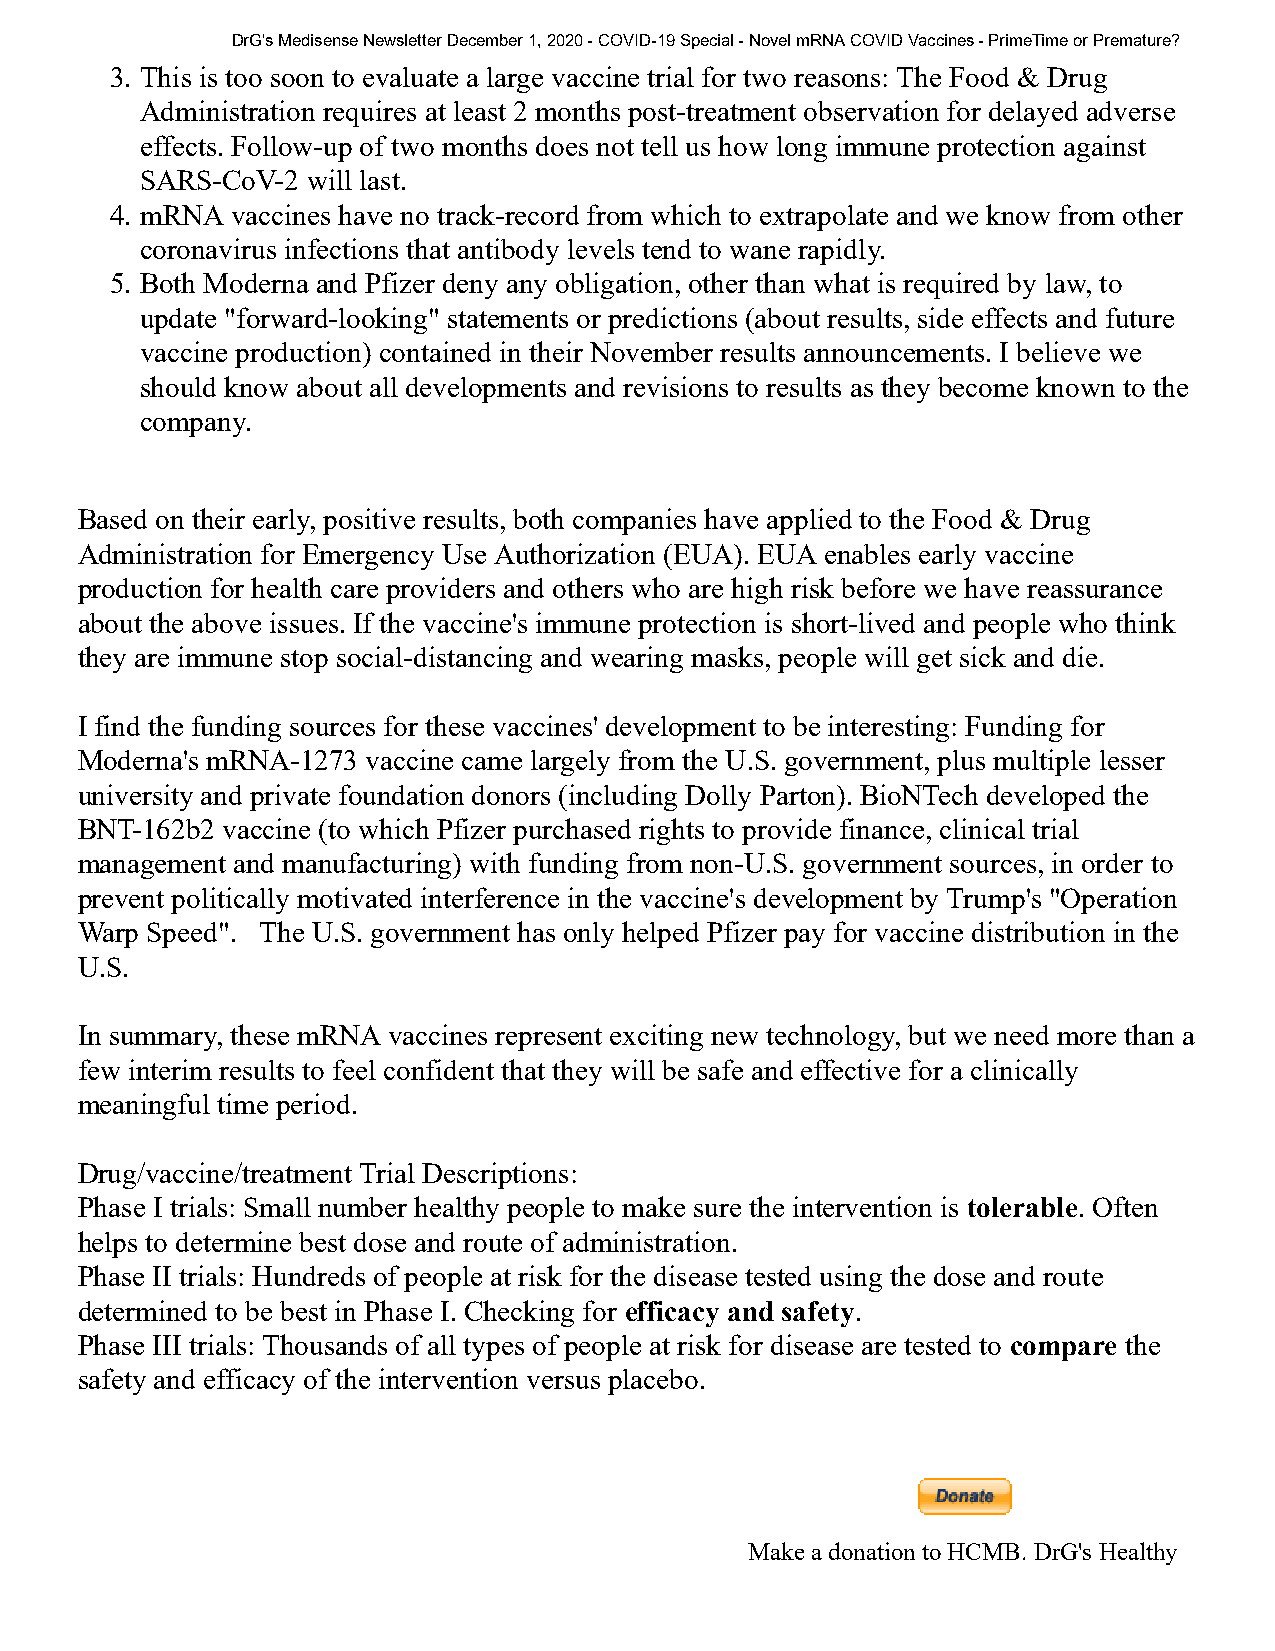
DrG's Medisense Newsletter December 1, 2020 - COVID-19 Special - Novel mRNA COVID Vaccines - PrimeTime or Premature?
 3. This is too soon to evaluate a large vaccine trial for two reasons: The Food & Drug
 Administration requires at least 2 months post-treatment observation for delayed adverse
 effects. Follow-up of two months does not tell us how long immune protection against
 SARS-CoV-2 will last.
 4. mRNA vaccines have no track-record from which to extrapolate and we know from other
 coronavirus infections that antibody levels tend to wane rapidly.
 5. Both Moderna and Pfizer deny any obligation, other than what is required by law, to
 update "forward-looking" statements or predictions (about results, side effects and future
 vaccine production) contained in their November results announcements. I believe we
 should know about all developments and revisions to results as they become known to the
 company.
 Based on their early, positive results, both companies have applied to the Food & Drug
 Administration for Emergency Use Authorization (EUA). EUA enables early vaccine
 production for health care providers and others who are high risk before we have reassurance
 about the above issues. If the vaccine's immune protection is short-lived and people who think
 they are immune stop social-distancing and wearing masks, people will get sick and die.
 I find the funding sources for these vaccines' development to be interesting: Funding for
 Moderna's mRNA-1273 vaccine came largely from the U.S. government, plus multiple lesser
 university and private foundation donors (including Dolly Parton). BioNTech developed the
 BNT-162b2 vaccine (to which Pfizer purchased rights to provide finance, clinical trial
 management and manufacturing) with funding from non-U.S. government sources, in order to
 prevent politically motivated interference in the vaccine's development by Trump's "Operation
 Warp Speed". The U.S. government has only helped Pfizer pay for vaccine distribution in the
 U.S.
 In summary, these mRNA vaccines represent exciting new technology, but we need more than a
 few interim results to feel confident that they will be safe and effective for a clinically
 meaningful time period.
 Drug/vaccine/treatment Trial Descriptions:
 Phase I trials: Small number healthy people to make sure the intervention is tolerable. Often
 helps to determine best dose and route of administration.
 Phase II trials: Hundreds of people at risk for the disease tested using the dose and route
 determined to be best in Phase I. Checking for efficacy and safety.
 Phase III trials: Thousands of all types of people at risk for disease are tested to compare the
 safety and efficacy of the intervention versus placebo.
 Make a donation to HCMB. DrG's Healthy